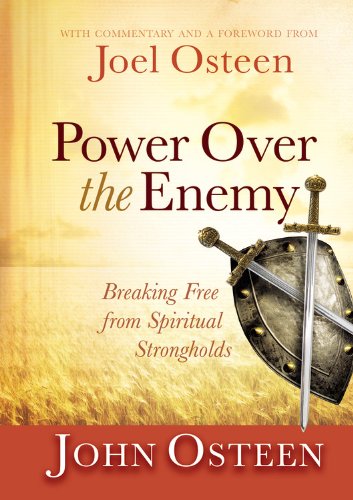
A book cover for Power over the Enemy: Breaking Free from Spiritual Strongholds; John Osteen; Christian Books & Bibles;